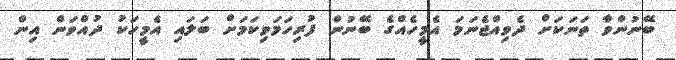
ބޭނުންވާ ތަނަކަށް ދެވިއްޖެނަމަ އެމީހެއްގެ ބޭނުން ފުރިހަމަވިކަމަށް ބަލައި އެމީހަކު ދުއްވަން އިން